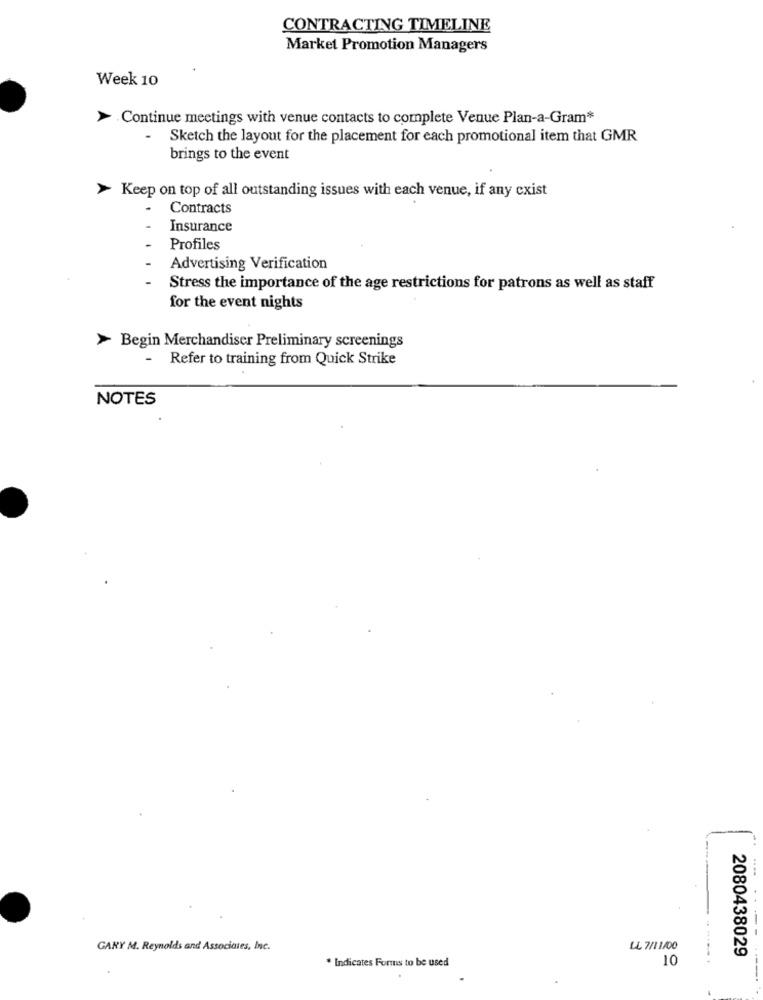
CONTRACTING TIMELINE
Market Promotion Managers
Week 10
> Continue meetings with venue contacts to complete Venue Plan-a-Gram*
Sketch the layout for the placement for each promotional item that GMR
brings to the event
> Keep on top of all outstanding issues with each venue, if any cxist
Contracts
Insurance
Profiles
Advertising Verification
Stress the importance of the age restrictions for patrons as well as staff
for the event nights
> Begin Merchandiser Preliminary screenings
-
Refer to training from Quick Strike
NOTES
GARY M. Reynolds and Associates, Inc.
LL 7/1 1/00
2080438029
* Indicates Forms to be used
10